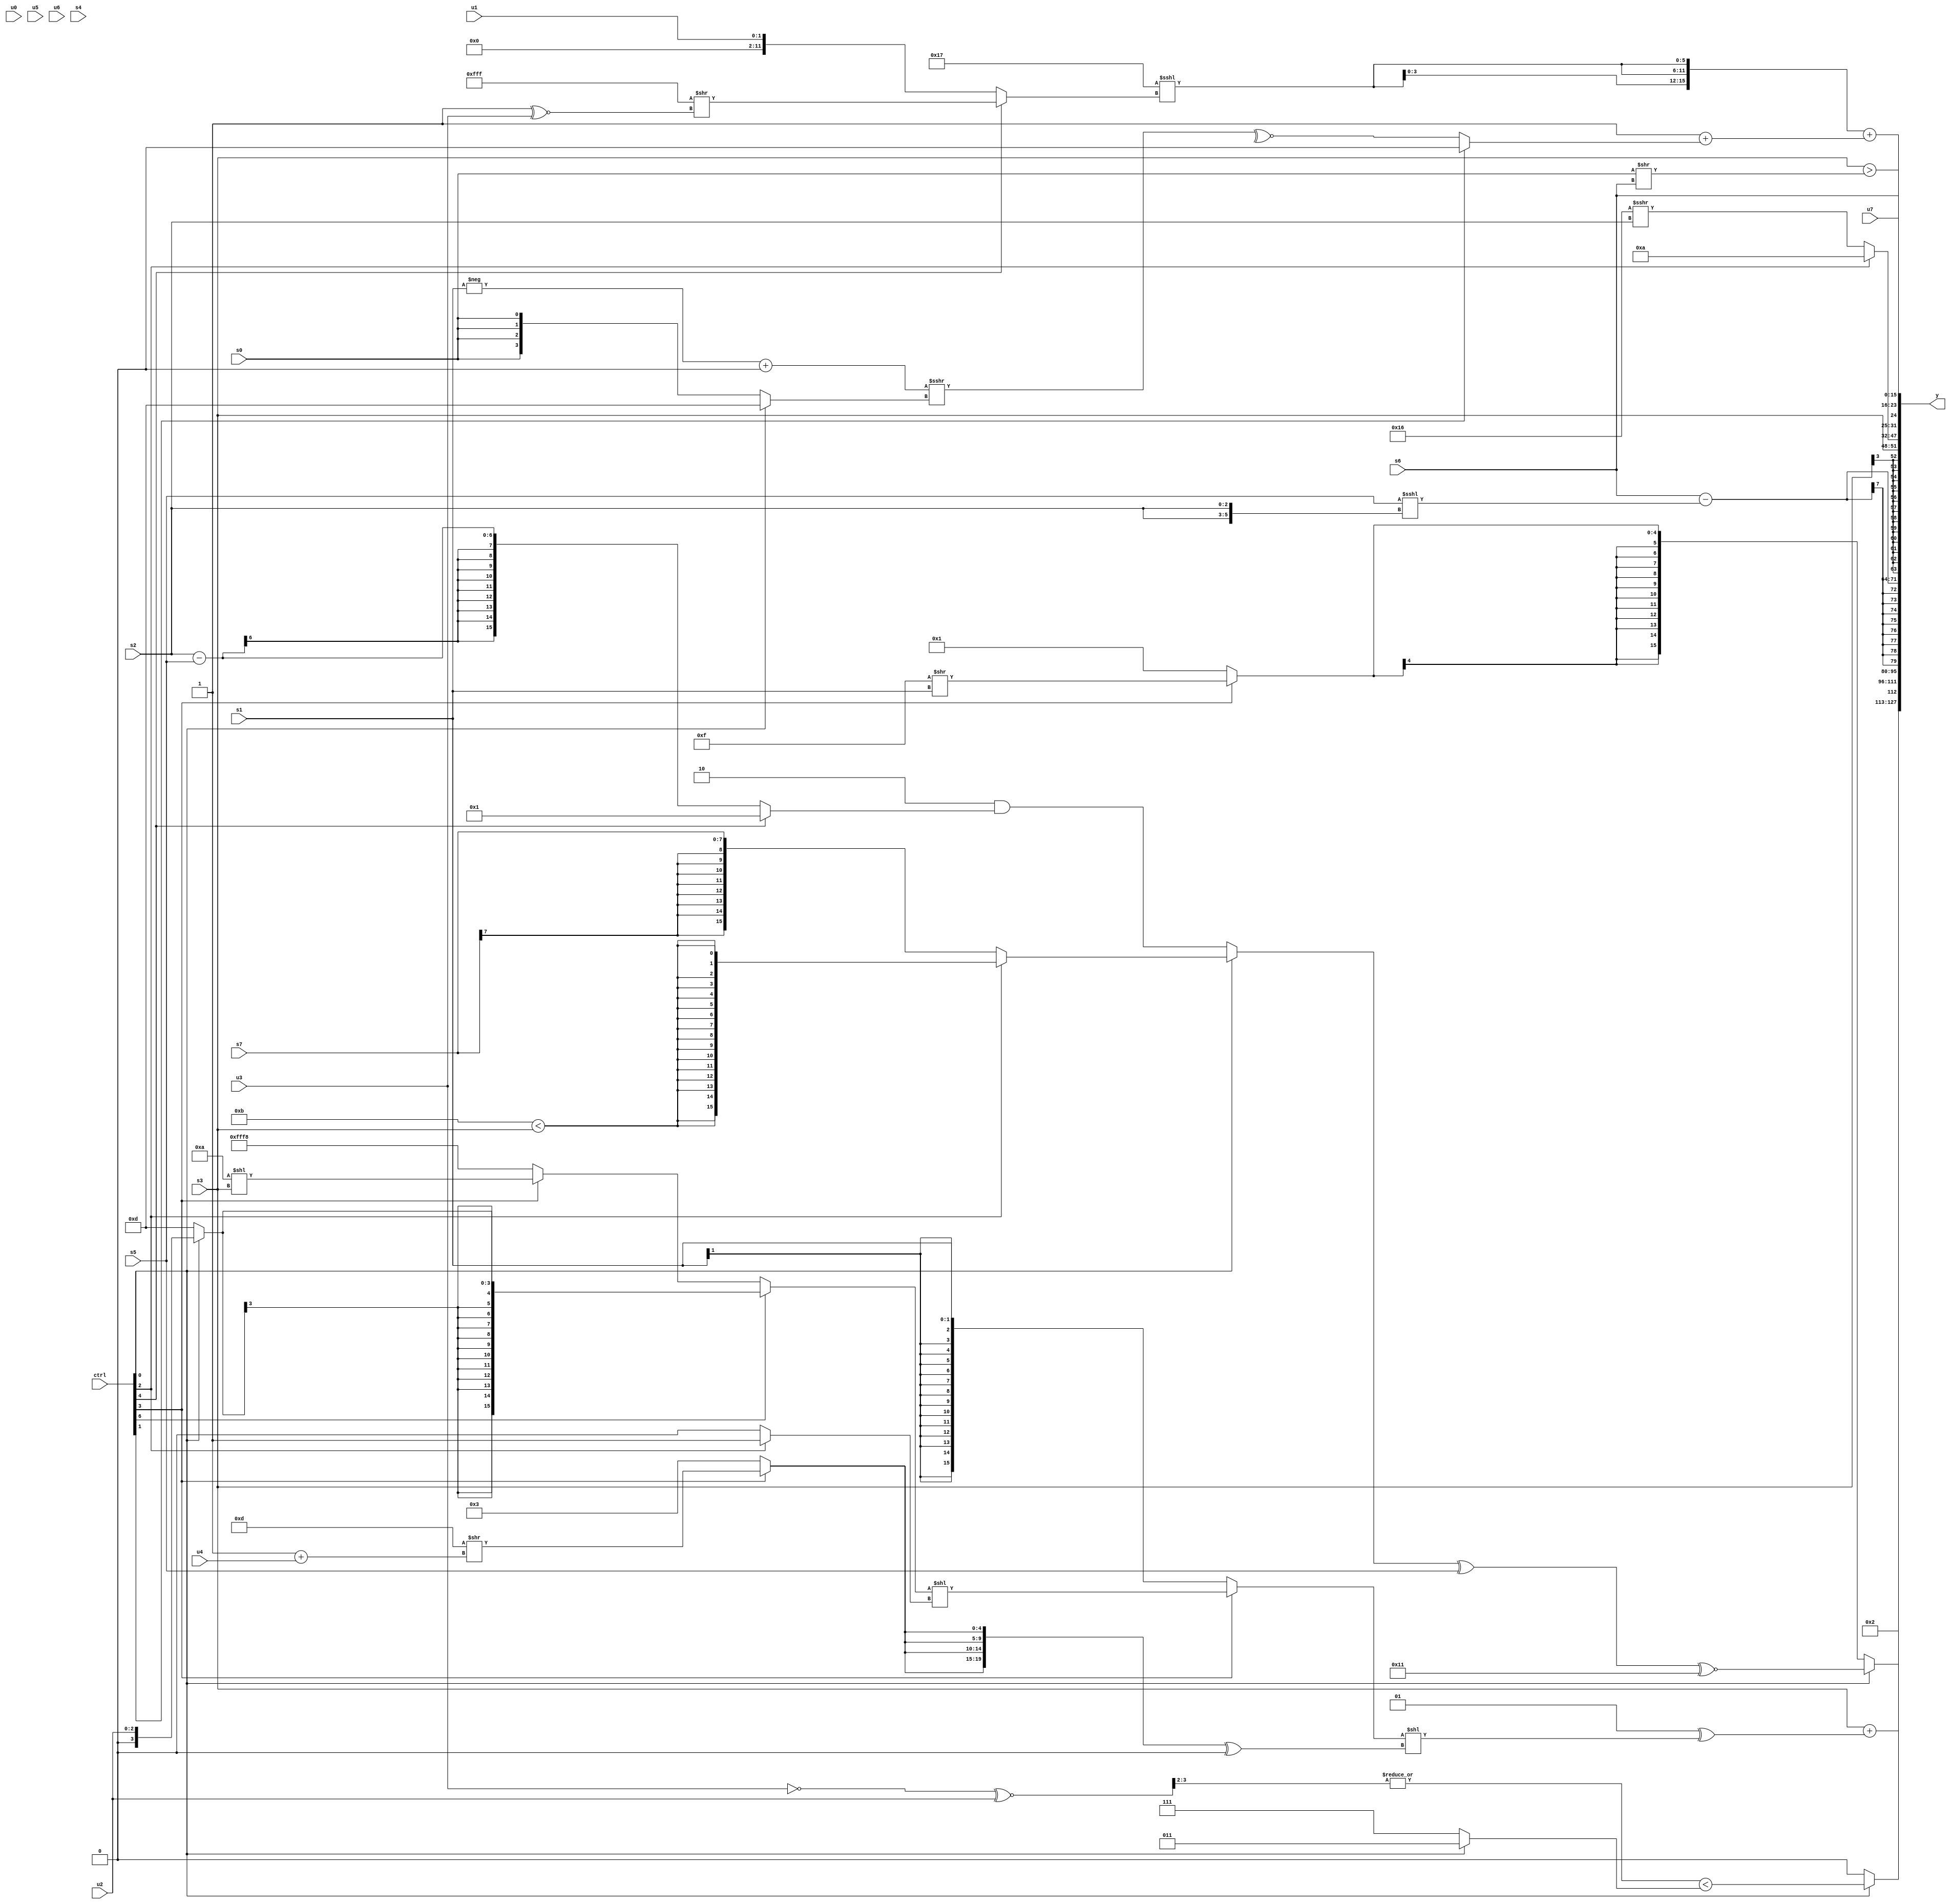
module wideexpr_00253(ctrl, u0, u1, u2, u3, u4, u5, u6, u7, s0, s1, s2, s3, s4, s5, s6, s7, y);
  input [7:0] ctrl;
  input [0:0] u0;
  input [1:0] u1;
  input [2:0] u2;
  input [3:0] u3;
  input [4:0] u4;
  input [5:0] u5;
  input [6:0] u6;
  input [7:0] u7;
  input signed [0:0] s0;
  input signed [1:0] s1;
  input signed [2:0] s2;
  input signed [3:0] s3;
  input signed [4:0] s4;
  input signed [5:0] s5;
  input signed [6:0] s6;
  input signed [7:0] s7;
  output [127:0] y;
  wire [15:0] y0;
  wire [15:0] y1;
  wire [15:0] y2;
  wire [15:0] y3;
  wire [15:0] y4;
  wire [15:0] y5;
  wire [15:0] y6;
  wire [15:0] y7;
  assign y = {y0,y1,y2,y3,y4,y5,y6,y7};
  assign y0 = {2'sb10,(ctrl[0]?$signed(($signed(|(((~(u3))^~($unsigned(u2)))>>>(2'sb10))))<((ctrl[0]?3'sb011:$signed($unsigned((~&(5'sb00000))<=((4'b1011)|(1'sb0))))))):+((5'sb11100)==({3{((ctrl[3]?(ctrl[7]?(6'sb101000)<<(3'sb000):(s3)<<<(2'b11)):((ctrl[2]?1'sb0:3'sb010))>>>(+(u5))))<(s0)}})))};
  assign y1 = (ctrl[0]?(((ctrl[0]?(ctrl[2]?$signed($signed((5'sb01011)<(s3))):s7):(3'sb110)&(+((ctrl[4]?4'sb0001:(s2)-(s5))))))^(s5))^~(5'sb10001):$signed($unsigned(+((ctrl[3]?+((-(5'sb10001))>>(s1)):(ctrl[0]?(ctrl[5]?s3:-(1'sb0)):2'sb01))))));
  assign y2 = (s3)+((2'sb01)^(((ctrl[3]?((ctrl[6]?$signed((ctrl[0]?u2:4'sb1101)):(ctrl[3]?(5'sb01010)<<(s3):4'sb1000)))<<((ctrl[2]?1'sb1:1'sb0)):s1))<<(({4{(ctrl[3]?((5'sb00110)-(4'sb1001))>>((1'sb1)+(u4)):3'sb011)}})^((((-(s7))&($signed(5'sb01010)))<((+(u4))|(6'sb011100)))>>>(4'sb0101)))));
  assign y3 = (s6)-($signed((s5)<<<({2{(s2)>>(1'b0)}})));
  assign y4 = s3;
  assign y5 = +((ctrl[2]?5'sb01010:(5'sb10110)>>>(s2)));
  assign y6 = {s6,+((s3)>((s0)>>(s6))),u7};
  assign y7 = ({4{(6'sb010111)<<<((ctrl[4]?({4{+({1{3'sb111}})}})>>((~&($signed(5'sb00000)))^~(u3)):u1))}})+((!(($signed($unsigned(({1{s5}})>((s3)+(3'b001)))))<<(-(4'sb1110))))+(((ctrl[1]?1'sb0:~^(((-(s1))+((2'sb11)<<(4'b1000)))>>>((ctrl[0]?(ctrl[0]?4'sb1101:s2):+(s0))))))<<(({4{-((+(u4))^~($signed(2'sb00)))}})>>>(5'b11011))));
endmodule